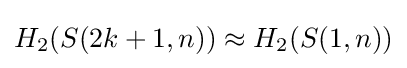
H_{2}(S(2k+1,n))\approx H_{2}(S(1,n))